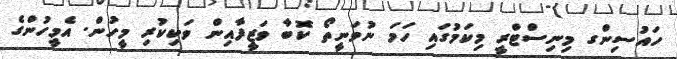
ހައުސިންގ މިނިސްޓްރީ މިކަމުގައި ހަމަ ނުވަނީތޯ ކޮބާ ވަޒީފާއިން ވަކިކުރި މީހުން. އެމީހުންގެ